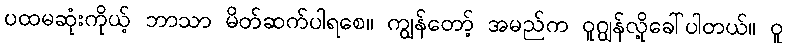
ပထမဆုံးကိုယ့် ဘာသာ မိတ်ဆက်ပါရစေ။ ကျွန်တော့် အမည်က ဝူဂျွန်လို့ခေါ်ပါတယ်။ ဝူ